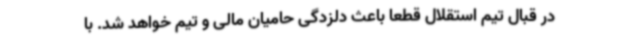
در قبال تیم استقلال قطعا باعث دلزدگی حامیان مالی و تیم خواهد شد. با